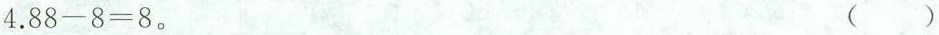
4.$$8 8 - 8 = 8$$。 ( )